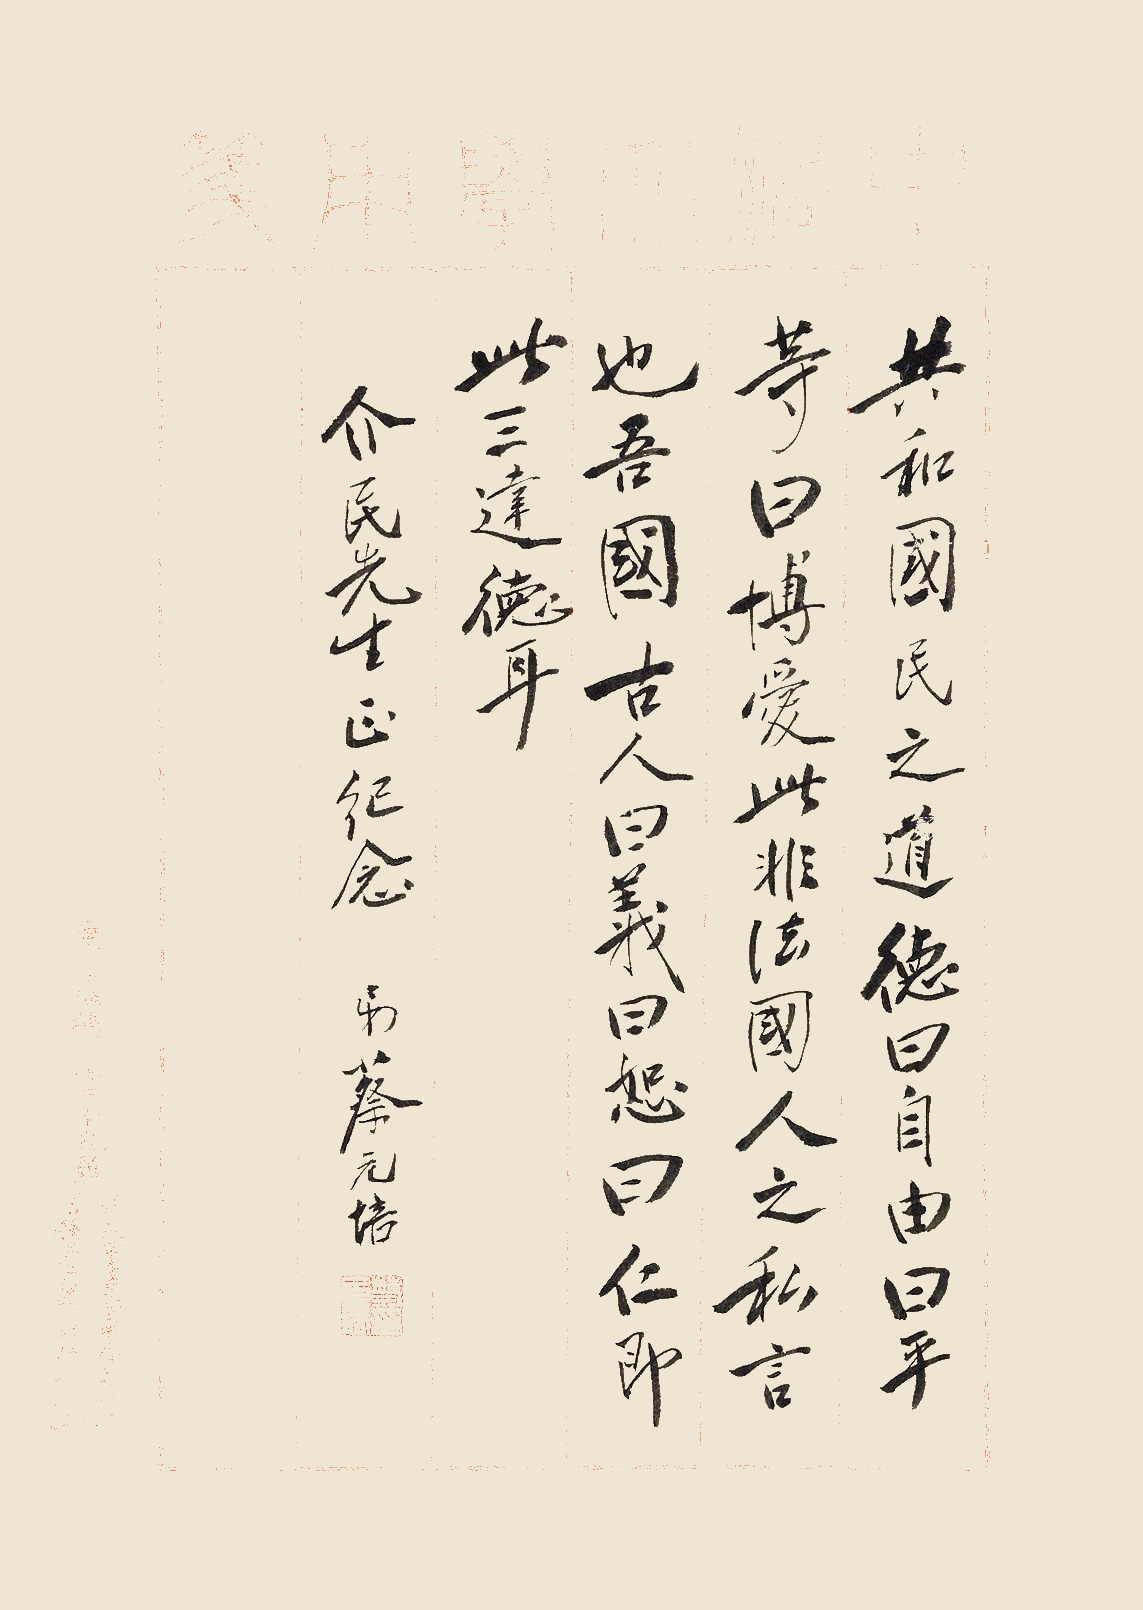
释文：共和国民之道德曰：自由、曰：平等、曰：博爱，此非法国人之私言也。吾国古人曰：义、曰：恕、曰：仁，即此三达德耳。介民先生正纪念。弟蔡元培。